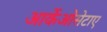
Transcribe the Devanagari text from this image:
आर्केओसेटाए